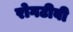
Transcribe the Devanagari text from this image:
रोगटीबी